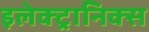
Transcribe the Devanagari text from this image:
इलेक्‍ट्रानिक्‍स